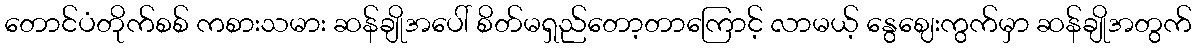
တောင်ပံတိုက်စစ် ကစားသမား ဆန်ချိုအပေါ် စိတ်မရှည်တော့တာကြောင့် လာမယ့် နွေဈေးကွက်မှာ ဆန်ချိုအတွက်